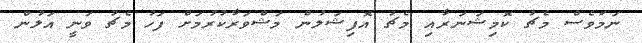
ނަމަވެސް މެޗު ކޮމިޝަނަރާއި މެޗު އޮފިޝަލުން މަޝްވަރާކުރުމަށް ފަހު މެޗު ވަނީ އަލުން